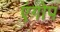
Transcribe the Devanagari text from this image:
एंगोप